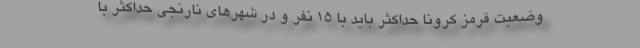
وضعیت قرمز کرونا حداکثر باید با ۱۵ نفر و در شهرهای نارنجی حداکثر با